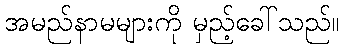
အမည်နာမများကို မှည့်ခေါ်သည်။